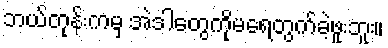
ဘယ်တုန်းကမှ အဲဒါတွေကိုမရေတွက်ခဲ့ဖူးဘူး။